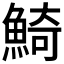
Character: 𩸞